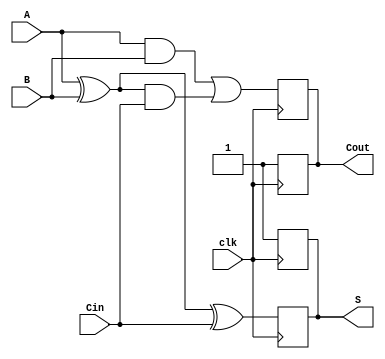
module dynamic_full_adder (
    input wire A,     // First binary input bit
    input wire B,     // Second binary input bit
    input wire Cin,   // Carry input bit
    input wire clk,   // Clock signal for precharge and evaluation
    output reg S,     // Sum output
    output reg Cout   // Carry output
);

// Internal signals for evaluation
wire A_xor_B;
wire A_and_B;
wire A_xor_B_and_Cin;

assign A_xor_B = A ^ B; // XOR operation for A and B
assign A_and_B = A & B; // AND operation for A and B
assign A_xor_B_and_Cin = A_xor_B & Cin; // AND operation for (A XOR B) and Cin

always @(posedge clk) begin
    // Precharge phase
    S <= 1'b1;   // Precharge S to high
    Cout <= 1'b1; // Precharge Cout to high
end

always @(negedge clk) begin
    // Evaluation phase
    // Calculate Sum and Carry Out
    S <= A_xor_B ^ Cin; // S = A XOR B XOR Cin
    Cout <= A_and_B | A_xor_B_and_Cin; // Cout = (A AND B) OR ((A XOR B) AND Cin)
end

endmodule